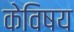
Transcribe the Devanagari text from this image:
केविषय